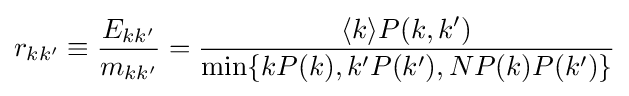
r_{kk'}\equiv {\frac {E_{kk'}}{m_{kk'}}}={\frac {\langle k\rangle P(k,k')}{\min\{kP(k),k'P(k'),NP(k)P(k')\}}}